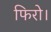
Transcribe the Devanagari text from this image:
फिरो।